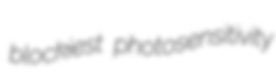
blockiest photosensitivity